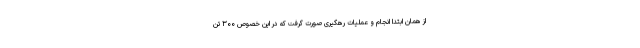
از همان ابتدا انجام و عملیات رهگیری صورت گرفت که در این خصوص ۳۰۰ تَن